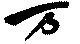
万